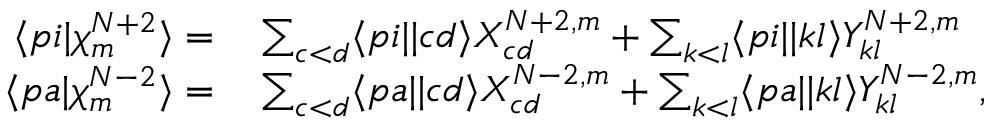
\begin{array} { r l } { \langle p i | \chi _ { m } ^ { N + 2 } \rangle = } & { { } \sum _ { c < d } \langle p i | | c d \rangle X _ { c d } ^ { N + 2 , m } + \sum _ { k < l } \langle p i | | k l \rangle Y _ { k l } ^ { N + 2 , m } } \\ { \langle p a | \chi _ { m } ^ { N - 2 } \rangle = } & { { } \sum _ { c < d } \langle p a | | c d \rangle X _ { c d } ^ { N - 2 , m } + \sum _ { k < l } \langle p a | | k l \rangle Y _ { k l } ^ { N - 2 , m } , } \end{array}